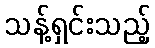
သန့်ရှင်းသည့်